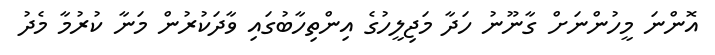
އޮންނަ މީހުންނަށް ގާނޫނު ހަދާ މަޖިލީހުގެ އިންތިހާބުގައި ވާދަކުރުން މަނާ ކުރުމާ މެދު